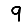
Digit: 9